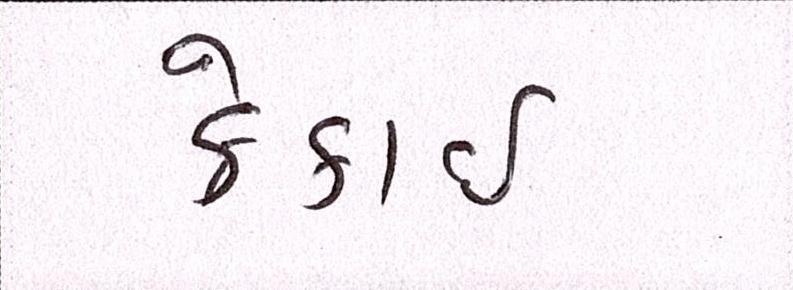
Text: ક્રેકાઇ